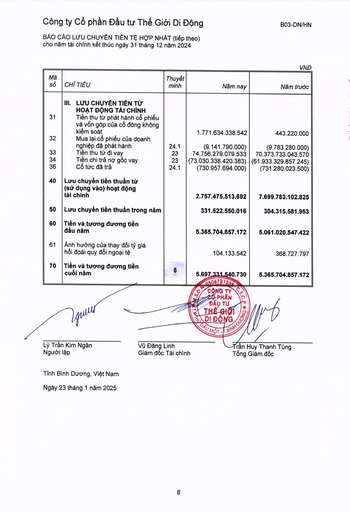
|Mã số|CHỈ TIÊU|Thuyết minh|Năm nay|Năm trước| |---|---|---|---|---| ||III. LƯU CHUYỂN TIỀN TỪ HOẠT ĐỘNG TÀI CHÍNH|||| |31|Tiền thu từ phát hành cổ phiếu và vốn góp của cổ đông không kiểm soát||1.771.634.338.542|443.220.000| |32|Mua lại cổ phiếu của doanh nghiệp đã phát hành|24.1|(9.141.790.000)|(9.783.280.000)| |33|Tiền thu từ đi vay|23|74.756.279.079.533|70.373.733.043.570| |34|Tiền chi trả nợ gốc vay|23|(73.030.338.420.383)|(61.933.329.857.245)| |36|Cổ tức đã trả|24.1|(730.957.694.000)|(731.280.023.500)| |40|Lưu chuyển tiền thuần từ (sử dụng vào) hoạt động tài chính||2.757.475.513.692|7.699.783.102.825| |50|Lưu chuyển tiền thuần trong năm||331.522.550.016|304.315.581.953| |60|Tiền và tương đương tiền đầu năm||5.365.704.857.172|5.061.020.547.422| |61|Ảnh hưởng của thay đổi tỷ giá hối đoái quy đổi ngoại tệ||104.133.542|368.727.797| |70|Tiền và tương đương tiền cuối năm|5|5.697.331.540.730 030673139|5.365.704.857.172|